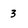
Character: 3